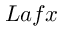
L a f x